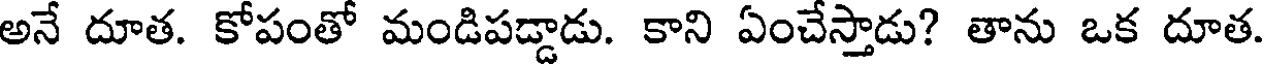
అనే దూత. కోపంతో మండిపడ్డాడు. కాని ఏంచేస్తాడు? తాను ఒక దూత